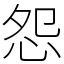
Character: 怨